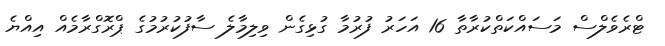
ޓްރެވެލްސް މަސައްކަތްކުރާތާ 16 އަހަރު ފުރުމާ ގުޅިގެން ވިލިމާލެ ސާފުކުރުމުގެ ޕްރޮގްރާމެއް އިއްޔެ